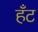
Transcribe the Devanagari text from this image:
हँट